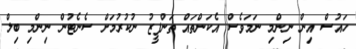
ހައުސް އިން ނިންމި ނަމަވެސް އެކަންތައް ތަންފީޒު ނުކުރުމަށް ސެނެޓުންް ނިންމި ބިލް